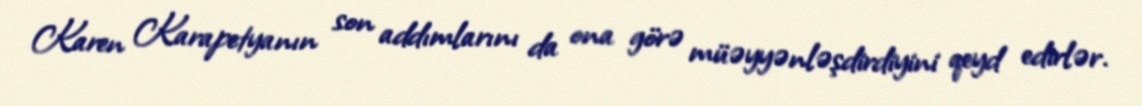
Karen Karapetyanın son addımlarını da ona görə müəyyənləşdirdiyini qeyd edirlər.